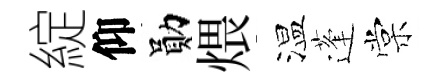
綻仰勛煨温蓬棠